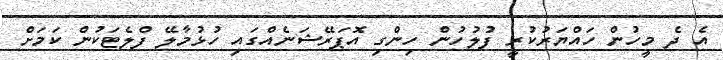
އެ ދެ މީހުން ހައްޔަރުކުރީ ފުލުހުން ހިންގި އޮޕަރޭޝަނެއްގައި ހުޅުމާލޭ ފްލެޓަކުން ކަމަށް